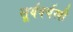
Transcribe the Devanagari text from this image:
सूर्यवर्चस्वी